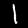
Digit: 1